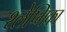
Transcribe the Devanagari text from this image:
श्‍लेष्मिका